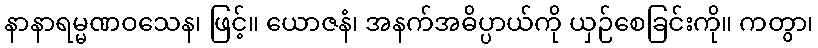
နာနာရမ္မဏဝသေန၊ ဖြင့်။ ယောဇနံ၊ အနက်အဓိပ္ပာယ်ကို ယှဉ်စေခြင်းကို။ ကတွာ၊